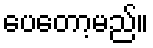
ပေတော့မည်။